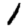
Digit: 1